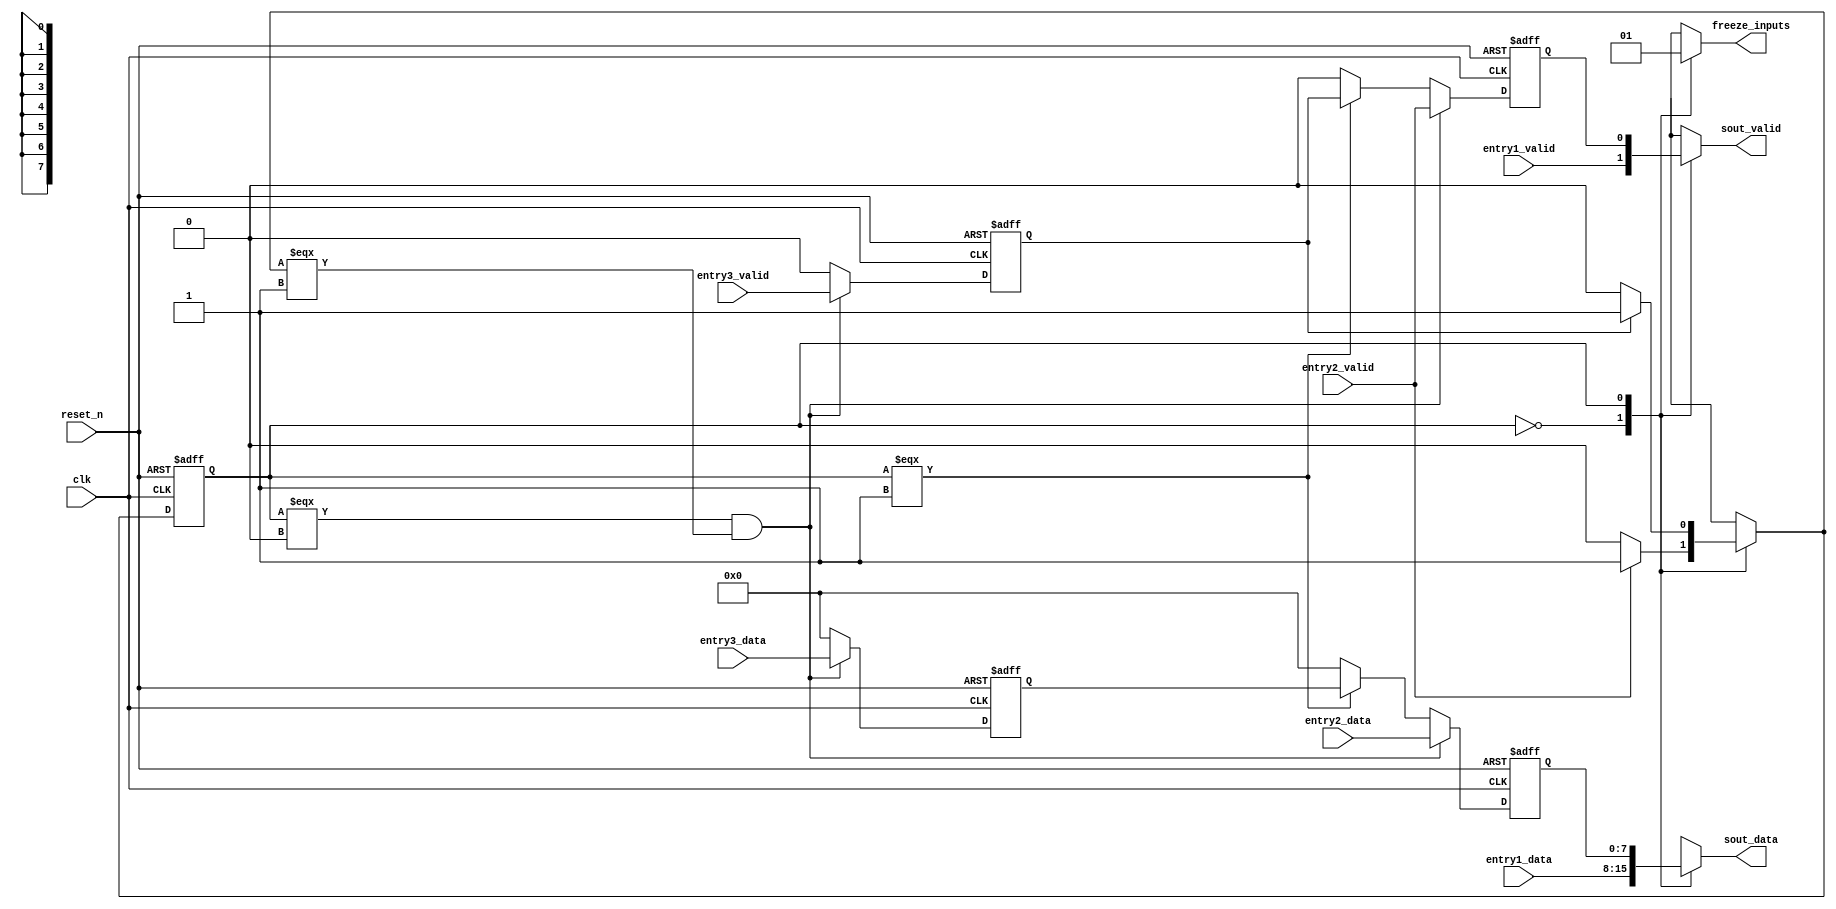
`timescale 1ns / 1ps
//////////////////////////////////////////////////////////////////////////////////
// Company: 
// Engineer: 
// 
// Design Name: 
// Module Name: port_rw_serializer
// Project Name: 
// Target Devices: 
// Tool Versions: 
// Description: 
// 
// Dependencies: 
// 
// Revision:
// Revision 0.01 - File Created
// Additional Comments:
// 
//////////////////////////////////////////////////////////////////////////////////


module port_rw_serializer #(parameter WIDTH=8) (
    input   wire    [WIDTH-1:0]     entry1_data,
    input   wire                    entry1_valid,
    input   wire    [WIDTH-1:0]     entry2_data,
    input   wire                    entry2_valid,
    input   wire    [WIDTH-1:0]     entry3_data,
    input   wire                    entry3_valid,
    input   wire                    clk,
    input   wire                    reset_n,                 
    
    output  reg     [WIDTH-1:0]     sout_data,
    output  reg                     sout_valid,
    output  reg                     freeze_inputs // NOTE: None of the inputs should be combinatorially dependent on freeze_inputs.    
);

// using macros as parameters
`define _STATE_FREE     0
`define _STATE_OCCUPIED 1 

reg     [WIDTH-1:0] queue1_data;
reg                 queue1_valid;
reg     [WIDTH-1:0] queue2_data;
reg                 queue2_valid;

reg [0:0] state;
reg [0:0] state_nxt;

always @ (posedge clk, negedge reset_n) begin
    if(~reset_n) begin
        queue1_data     <= 0;
        queue1_valid    <= 0;
        queue2_data     <= 0;
        queue2_valid    <= 0;
    end
    else if (state === `_STATE_FREE & state_nxt === `_STATE_OCCUPIED) begin // load
        queue1_data     <= entry2_data;
        queue1_valid    <= entry2_valid;
        
        queue2_data     <= entry3_data;
        queue2_valid    <= entry3_valid;
    end
    else if (state === `_STATE_OCCUPIED) begin // shift
        queue1_data     <= queue2_data;
        queue1_valid    <= queue2_valid;

        queue2_data     <= 0;
        queue2_valid    <= 0;
    end
    else begin
        queue1_data     <= 0;
        queue1_valid    <= 0;

        queue2_data     <= 0;
        queue2_valid    <= 0;
    end
end

////////// OUTPUT MUX   /////////
always @ (*) begin
    case(state) 
        `_STATE_FREE : begin
            sout_data = entry1_data;
            sout_valid = entry1_valid;
            
            freeze_inputs = 0; //(state_nxt === `_STATE_OCCUPIED) ? 1 : 0;
        end
        `_STATE_OCCUPIED : begin                     
            sout_data = queue1_data;
            sout_valid = queue1_valid;
            
            freeze_inputs = 1; //(state_nxt === `_STATE_OCCUPIED) ? 1 : 0;                     
        end
        
        default : begin
            sout_data = entry1_data;
            sout_valid = entry1_valid;
            
            freeze_inputs = 0; //(state_nxt === `_STATE_OCCUPIED) ? 1 : 0;
        end 
    endcase
end

//////////      FSM     /////////
always @ (posedge clk, negedge reset_n) begin
    if(~reset_n) begin
        state <= 0;
    end
    else begin
        state <= state_nxt;
    end
end

always @ (*) begin
    case(state) 
        `_STATE_FREE : begin
            state_nxt = entry2_valid ? `_STATE_OCCUPIED : `_STATE_FREE;             
        end
        `_STATE_OCCUPIED : begin
            state_nxt = queue2_valid ? `_STATE_OCCUPIED : `_STATE_FREE;          
        end
        
        default : state_nxt = `_STATE_FREE;
    endcase
end

`undef _STATE_FREE
`undef _STATE_OCCUPIED 

endmodule